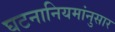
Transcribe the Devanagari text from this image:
घटनानियमांनुसार